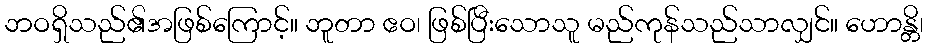
ဘဝရှိသည်၏အဖြစ်ကြောင့်။ ဘူတာ ဧဝ၊ ဖြစ်ပြီးသောသူ မည်ကုန်သည်သာလျှင်။ ဟောန္တိ၊